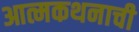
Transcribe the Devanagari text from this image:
आत्मकथनाची